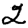
Digit: 2